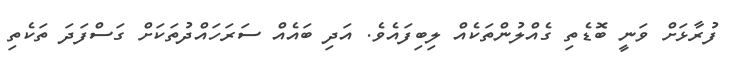
ފުރާޅަށް ވަނީ ބޮޑެތި ގެއްލުންތަކެއް ލިބިފައެވެ. އަދި ބައެއް ސަރަހައްދުތަކަށް ގަސްފަދަ ތަކެތި